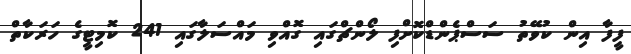
ފީފާ އިން ކުވޭތު ސަސްޕެންޑްކޮށްފި ލޯންޗްގައި ގޮއްވި މައްސަލާގައި 241 ކޮމިޓީގެ ހަރަކާތް